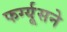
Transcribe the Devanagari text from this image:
फर्ग्यूसने